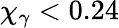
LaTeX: \chi_{\gamma}<0.24